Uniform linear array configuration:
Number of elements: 48
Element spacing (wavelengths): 0.25
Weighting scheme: kaiser
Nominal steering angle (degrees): -45
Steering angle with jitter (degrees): -46.708
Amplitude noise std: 0.05
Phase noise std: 0.05

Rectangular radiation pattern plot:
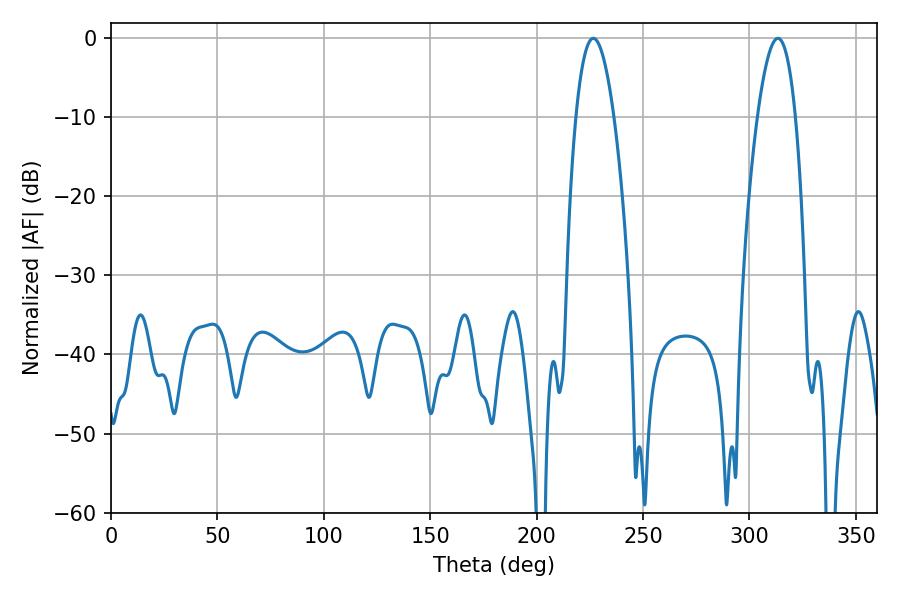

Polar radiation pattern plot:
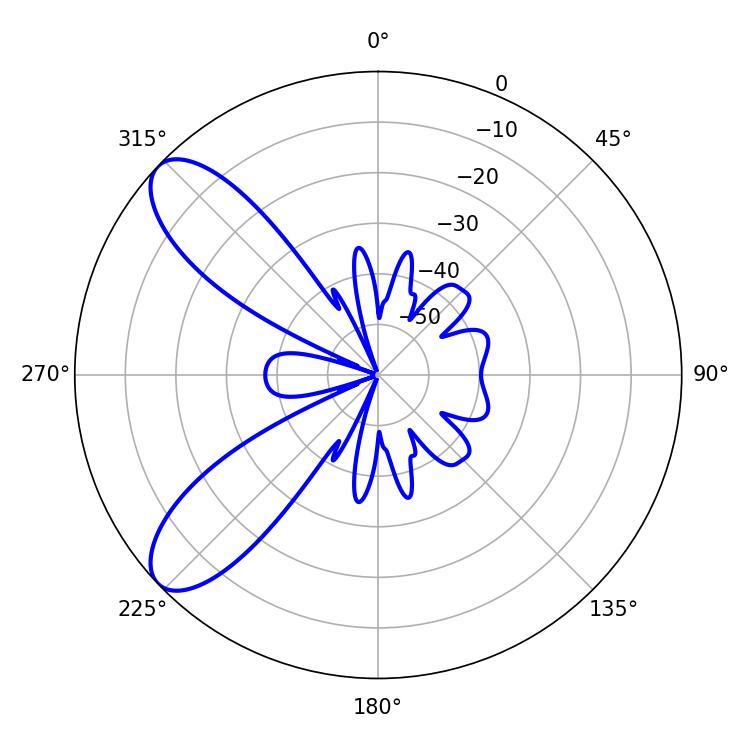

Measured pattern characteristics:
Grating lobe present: FALSE
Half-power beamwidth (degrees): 9.9
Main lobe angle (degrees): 226.62